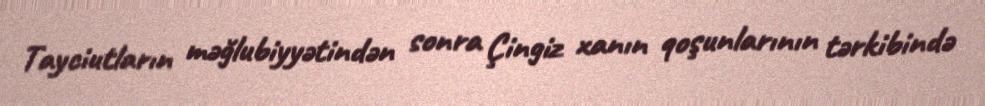
Tayciutların məğlubiyyətindən sonra Çingiz xanın qoşunlarının tərkibində